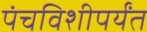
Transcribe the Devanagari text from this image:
पंचविशीपर्यंत